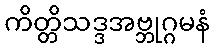
ကိတ္တိသဒ္ဒအဗ္ဘုဂ္ဂမနံ